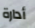
أدارة